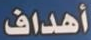
أهداف